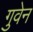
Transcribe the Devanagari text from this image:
गुवेन